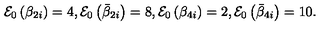
{ \cal E } _ { 0 } \left( \beta _ { 2 i } \right) = 4 , { \cal E } _ { 0 } \left( \bar { \beta } _ { 2 i } \right) = 8 , { \cal E } _ { 0 } \left( \beta _ { 4 i } \right) = 2 , { \cal E } _ { 0 } \left( \bar { \beta } _ { 4 i } \right) = 1 0 .